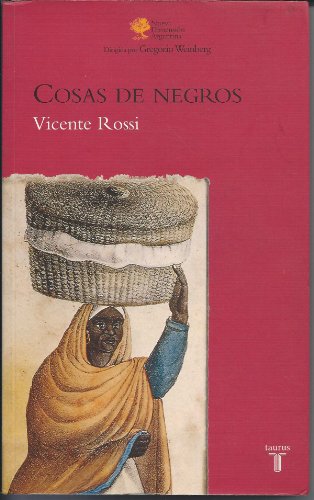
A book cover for Cosas de Negros (Nueva Dimension Argentina) (Spanish Edition); Vicente Rossi; History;